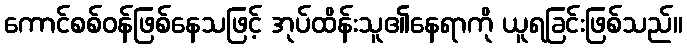
ကောင်စစ်ဝန်ဖြစ်နေသဖြင့် အုပ်ထိန်းသူ၏နေရာကို ယူရခြင်းဖြစ်သည်။